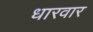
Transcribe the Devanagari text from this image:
धारवार